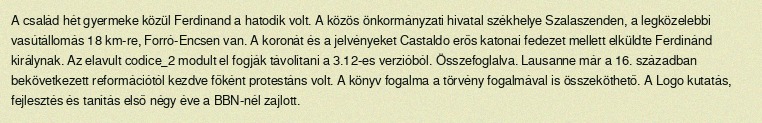
A család hét gyermeke közül Ferdinand a hatodik volt. A közös önkormányzati hivatal székhelye Szalaszenden, a legközelebbi vasútállomás 18 km-re, Forró-Encsen van. A koronát és a jelvényeket Castaldo erős katonai fedezet mellett elküldte Ferdinánd királynak. Az elavult codice_2 modult el fogják távolítani a 3.12-es verzióból. Összefoglalva. Lausanne már a 16. században bekövetkezett reformációtól kezdve főként protestáns volt. A könyv fogalma a törvény fogalmával is összeköthető. A Logo kutatás, fejlesztés és tanítás első négy éve a BBN-nél zajlott.